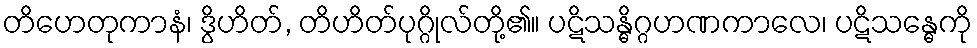
တိဟေတုကာနံ၊ ဒွိဟိတ်, တိဟိတ်ပုဂ္ဂိုလ်တို့၏။ ပဋိသန္ဓိဂ္ဂဟဏကာလေ၊ ပဋိသန္ဓေကို